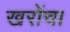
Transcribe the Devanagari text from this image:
खरोंच।